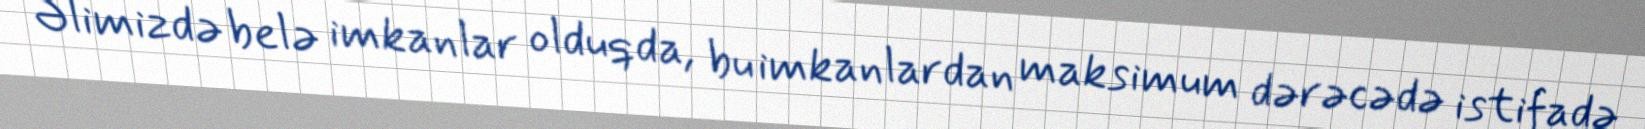
Əlimizdə belə imkanlar olduqda, bu imkanlardan maksimum dərəcədə istifadə